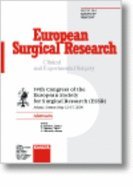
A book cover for European Society for Surgical Research (ESSR): 39th Congress, Athens, May 2004: Abstracts (European Surgical Research); Health, Fitness & Dieting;